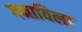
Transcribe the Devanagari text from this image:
गमाविला